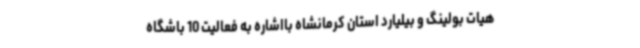
هیات بولینگ و بیلیارد استان کرمانشاه بااشاره به فعالیت 10 باشگاه